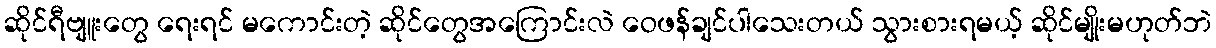
ဆိုင်ရီဗျူးတွေ ရေးရင် မကောင်းတဲ့ ဆိုင်တွေအကြောင်းလဲ ဝေဖန်ချင်ပါသေးတယ် သွားစားရမယ့် ဆိုင်မျိုးမဟုတ်ဘဲ